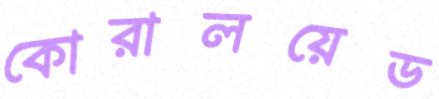
কোরালয়েড